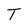
Character: T